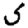
Digit: 5